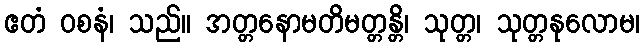
ဧတံ ဝစနံ၊ သည်။ အတ္တနောမတိမတ္တန္တိ၊ သုတ္တ၊ သုတ္တနုလောမ၊